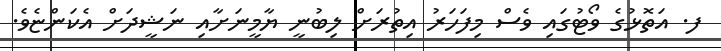
ފ. އަތޮޅުގެ ވޯޓުގައި ވެސް މިފަހަރު އިތުރަށް ލިބުނީ ޔާމީނަށާއި ނަޝީދަށް އެކަންޏެވެ.